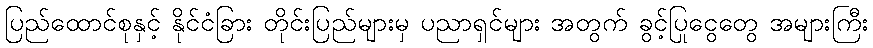
ပြည်ထောင်စုနှင့် နိုင်ငံခြား တိုင်းပြည်များမှ ပညာရှင်များ အတွက် ခွင့်ပြုငွေတွေ အများကြီး